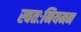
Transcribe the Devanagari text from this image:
स्वतःनियमन